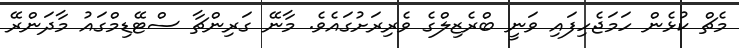
މެޗް ކުޅެން ހަމަޖެހިފައި ވަނީ ބްރެޒިލްގެ ވެރިރަށުގައެވެ. މާނޭ ގަރިންޗާ ސްޓޭޑިމްގައު މާދަންރޭ